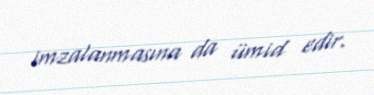
imzalanmasına da ümid edir.